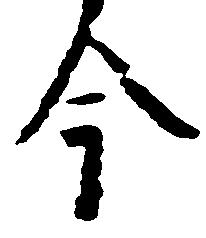
今